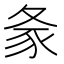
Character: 𰋎